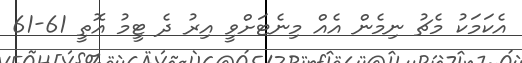
އެކަމަކު މެޗު ނިމެން އެއް މިނެޓަށްވީ އިރު ދެ ޓީމު އޮތީ 61-61